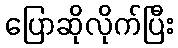
ပြောဆိုလိုက်ပြီး